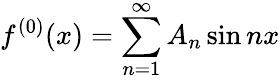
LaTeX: f^{(0)}(x)=\sum_{n=1}^{\infty}A_{n}\sin nx